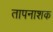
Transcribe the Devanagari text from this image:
तापनाशक